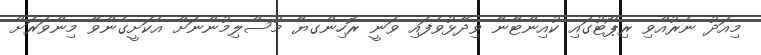
މިއަދު ނެރުއްވި ރިޕޯޓުގައި ކުއިންޓާނާ ވިދާޅުވެފައި ވަނީ ރޮހިންގޔާ މުސްލިމުންނަށް އެކަށީގެންވާ މިންވަރަށް